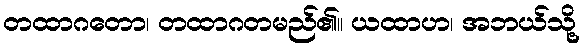
တထာဂတော၊ တထာဂတမည်၏။ ယထာဟ၊ အဘယ်သို့